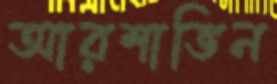
আরশাভিন